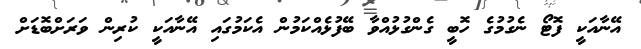
އޭނާއަކީ ފޮޓޯ ނެގުމުގެ ހޮބީ ގެންގުޅުއްވާ ބޭފުޅެއްކަމުން އެކަމުގައި އޭނާއަކީ ކުރިން ވަރަށްބޮޑަށް